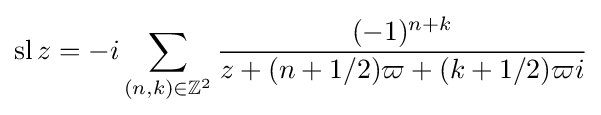
\operatorname {sl} z=-i\sum _{(n,k)\in \mathbb {Z} ^{2}}{\frac {(-1)^{n+k}}{z+(n+1/2)\varpi +(k+1/2)\varpi i}}